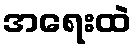
အရေးထဲ